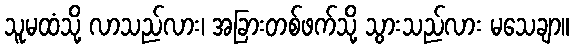
သူမထံသို့ လာသည်လား၊ အခြားတစ်ဖက်သို့ သွားသည်လား မသေချာ။